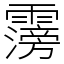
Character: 霶